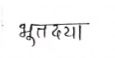
मजकूर: भूतदया